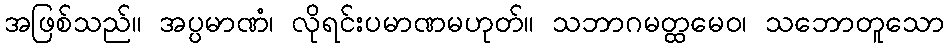
အဖြစ်သည်။ အပ္ပမာဏံ၊ လိုရင်းပမာဏမဟုတ်။ သဘာဂမတ္ထမေဝ၊ သဘောတူသော